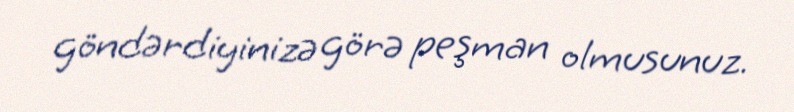
göndərdiyinizə görə peşman olmusunuz.